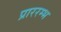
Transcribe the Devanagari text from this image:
प्राररम्भ